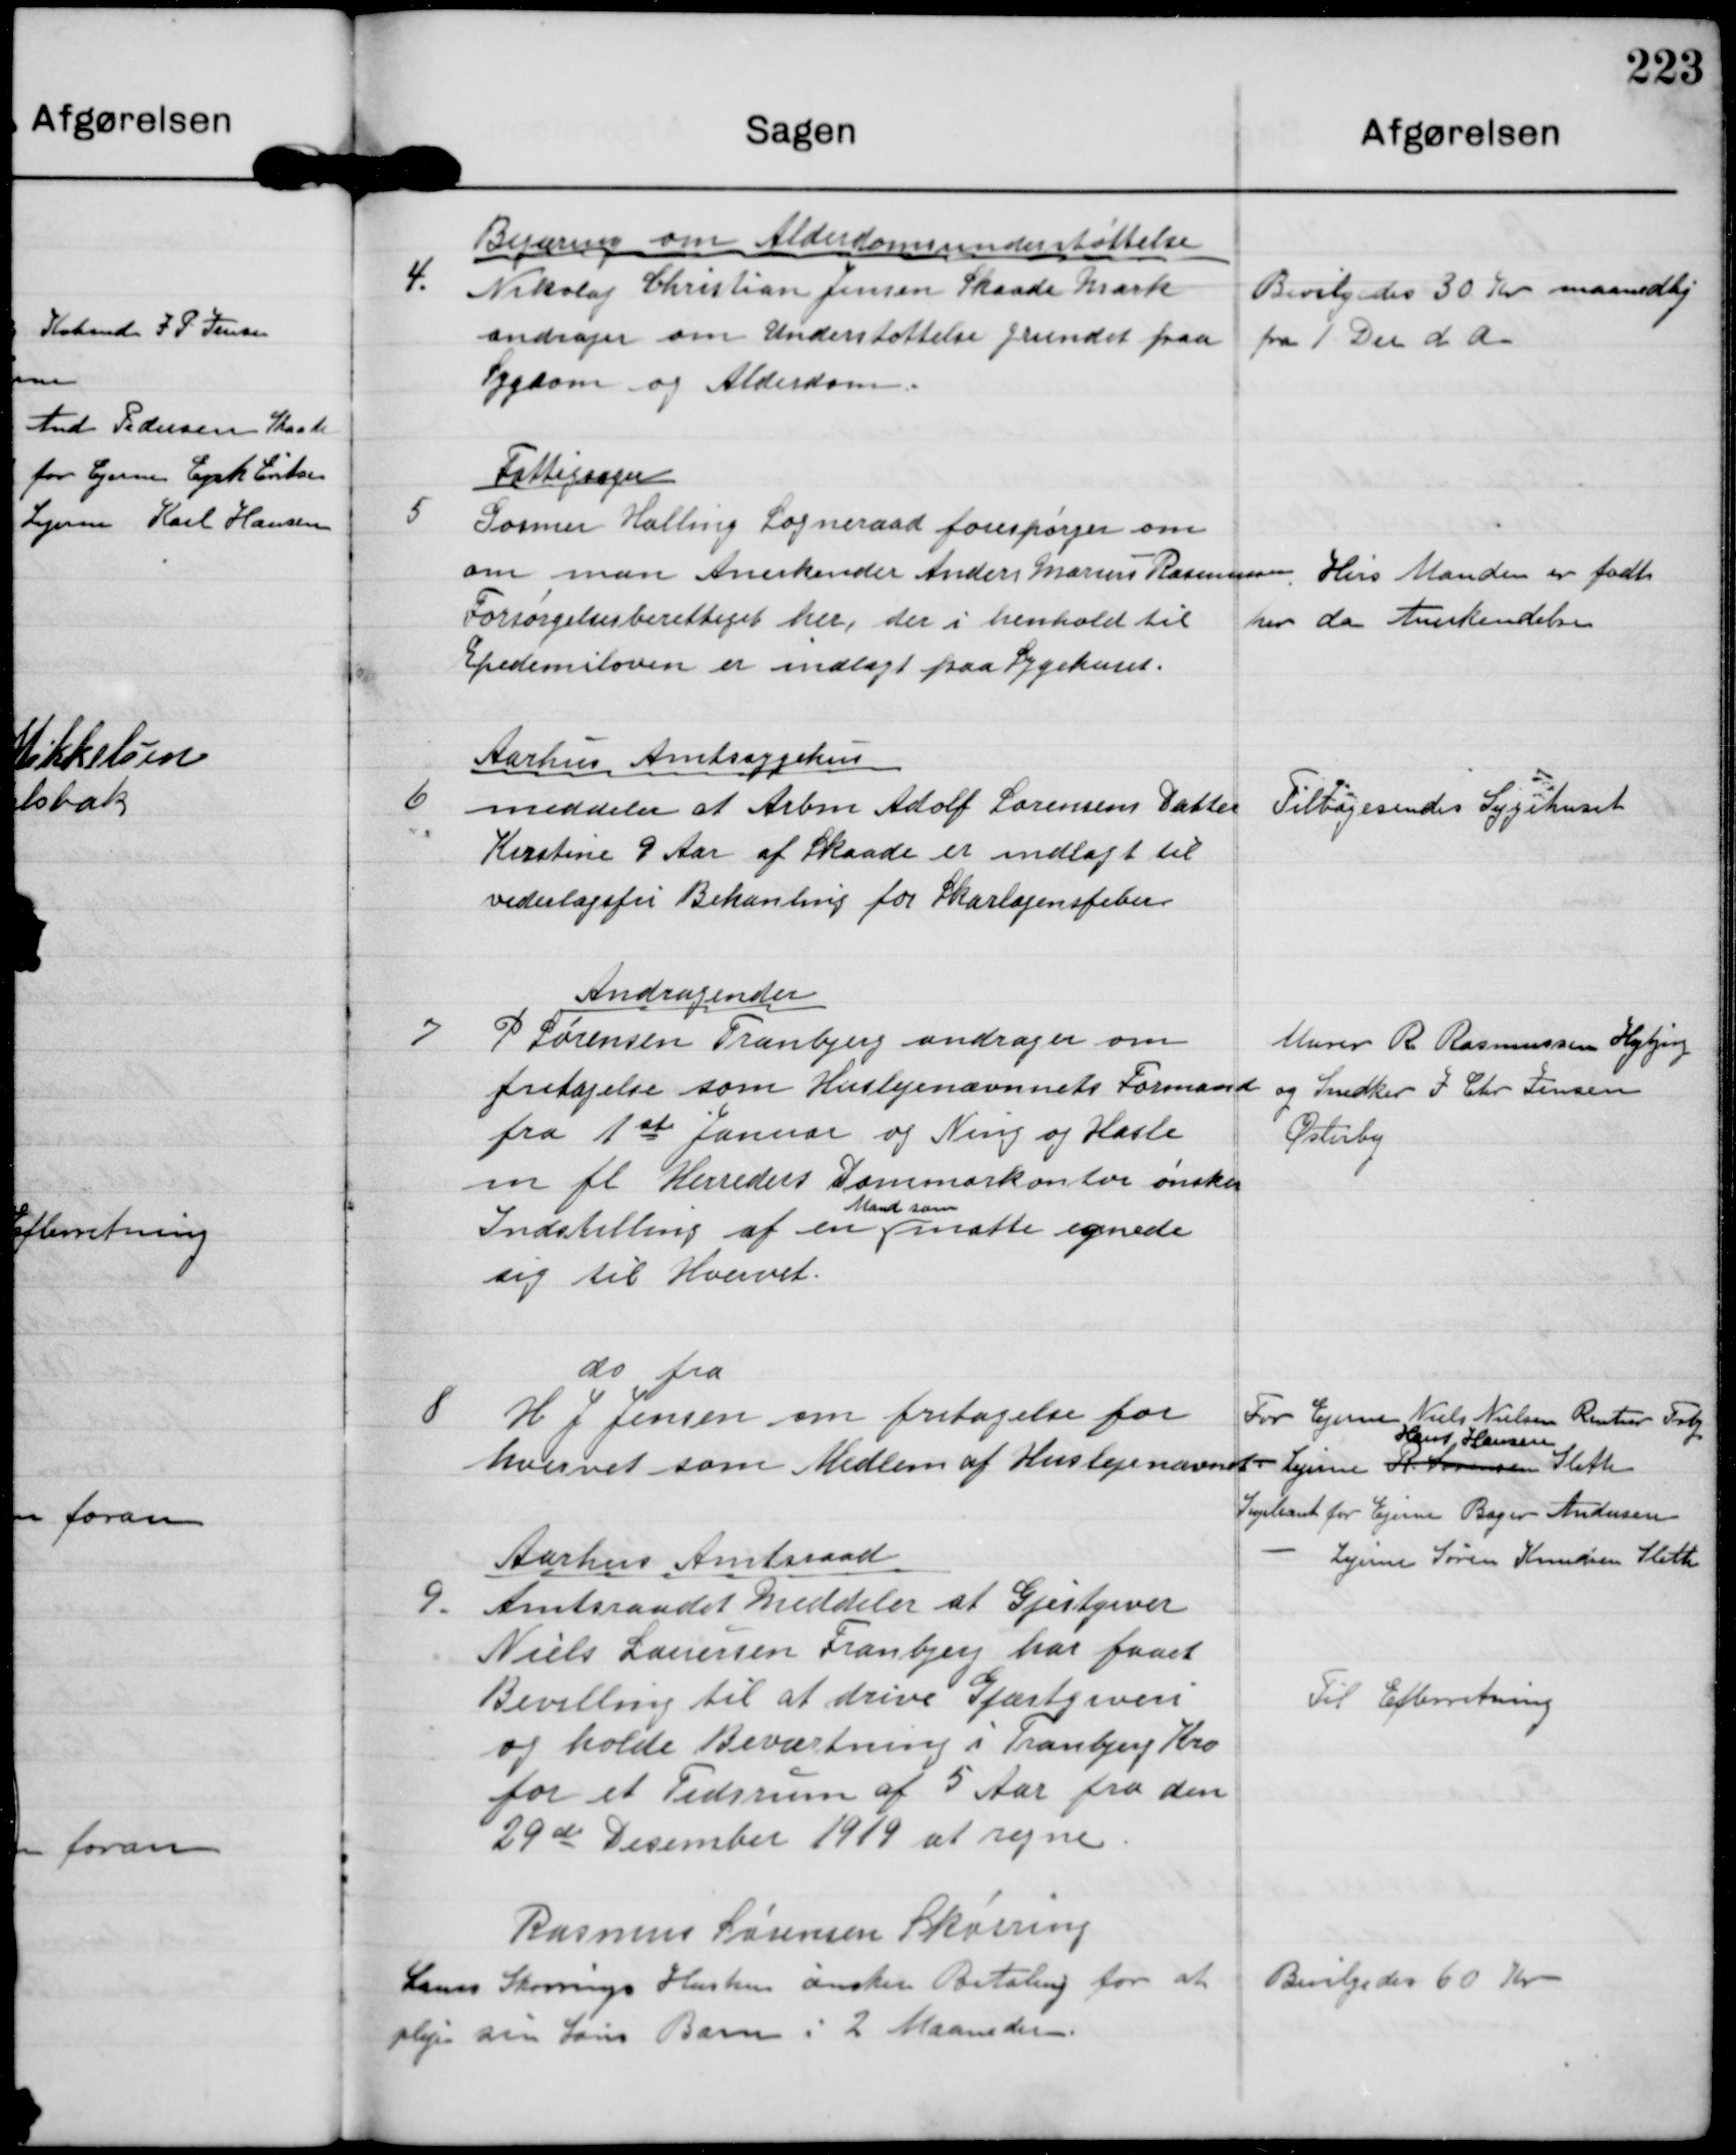
Transskription:
4

Begæring om Alderdomsunderstøttelse
Nikolaj Christian Jensen Skaade Mark
andrager om Understøttelse grundet paa
Sygdom og Alderdom.

Bevilgedes 30 Kr maanedlig
fra 1 Dec d A.

5

Fattigsager
Gosmer Halling Sogneraad forespørger om
om man Anerkender Anders Marius Rasmussen
Forsørgelsesberettiget her, der i henhold til
Epidemiloven er indlagt paa Sygehuset.

Hvis Manden er født
her da Anerkendelse.

6

Aarhus Amtssygehus
meddeler at Arbm Adolf Sørensens Datter
Kirstine 9 Aar af Skaade er indlagt til
vederlagsfri Behandling for Skarlagensfeber

Tilbagesendes Sygehuset

7

Andragender
P Sørensen Tranbjerg andrager om
fritagelse som Huslejenævnnets Formand
fra 1st Januar og Ning og Hasle
m fl Herreders Dommerkontor ønsker
Indstilling af en
Mand som
matte egnede
sig til Hvervet

Murer R Rasmussen Højbjerg
og Snedker J Chr Jensen
Østerby

8

do fra
H J Jensen om fritagelse for
hvervet som Medlem af Huslejenævnet.

For Ejerne Niels Nielsen Rentier Trbj.
For Lejerne R.Sørensen 
Hans Hansen Sleth

Supleant for Ejerne Bager Andersen
  -   Lejerne Søren Knudsen Sleth

9

Aarhus Amtsraad
Amtsraadet meddeler at Gjestgiver
Niels Lauersen Tranbjerg har faaet
Bevilling til at drive Gjæstgiveri
og holde Beværtning i Tranbjerg Kro
for et Tidsrum af 5 Aar fra den
29de Desember 1919 at regne.

Til Efterretning

Rasmus Sørensen Skørring

Laurs Skonnings Hustru ønsker Betaling for at
pleje sin Søns Barn i 2 Maaneder.

Bevilgedes 60 Kr